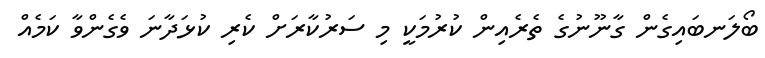
ބޯލަނބައިގެން ގާނޫނުގެ ތެރެއިން ކުރުމަކީ މި ސަރުކާރަށް ކެރި ކުޅަދާނަ ވެގެންވާ ކަމެއް